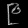
Digit: ၉